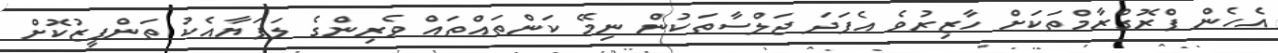
އެހެން ޕްރޮގްރާމްތަކަށް ހާޒިރުވެ އެފަދަ ޖަލްސާތަކުން ނިމޭ ކަންތައްތައް ވެރިންގެ ލަފަޔާއެކު ތަންފީޒުކޮށް